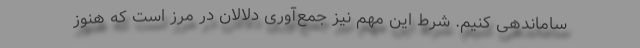
ساماندهی کنیم. شرط این مهم نیز جمع‌آوری دلالان در مرز است که هنوز